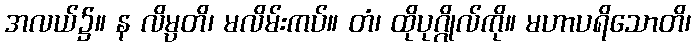
အလယ်၌။ န လိမ္ပတိ၊ မလိမ်းကပ်။ တံ၊ ထိုပုဂ္ဂိုလ်ကို။ မဟာပရိသောတိ၊